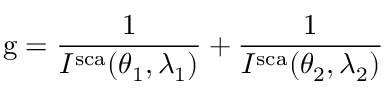
\mathrm { g } = \frac { 1 } { I ^ { \mathrm { s c a } } ( \theta _ { 1 } , \lambda _ { 1 } ) } + \frac { 1 } { I ^ { \mathrm { s c a } } ( \theta _ { 2 } , \lambda _ { 2 } ) }